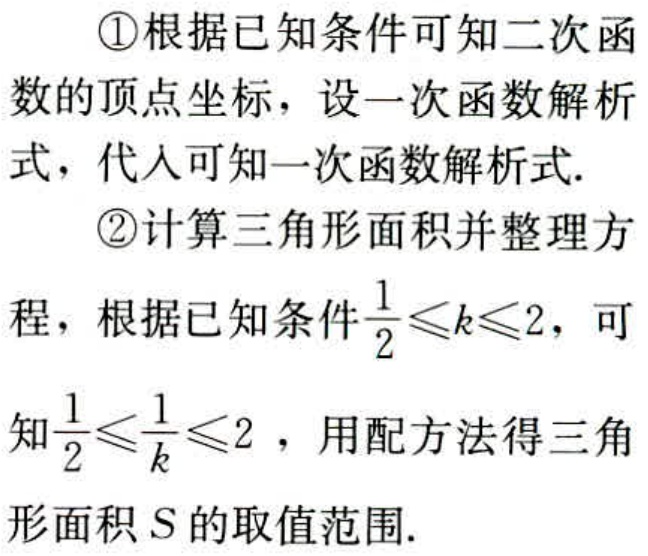
\textcircled{1}根据已知条件可知二次函数的顶点坐标，设一次函数解析式，代入可知一次函数解析式.
\textcircled{2}计算三角形面积并整理方程，根据已知条件$\frac{1}{2}\leqslant k\leqslant 2$，可知$\frac{1}{2}\leqslant\frac{1}{k}\leqslant 2$ ，用配方法得三角形面积$S$的取值范围.